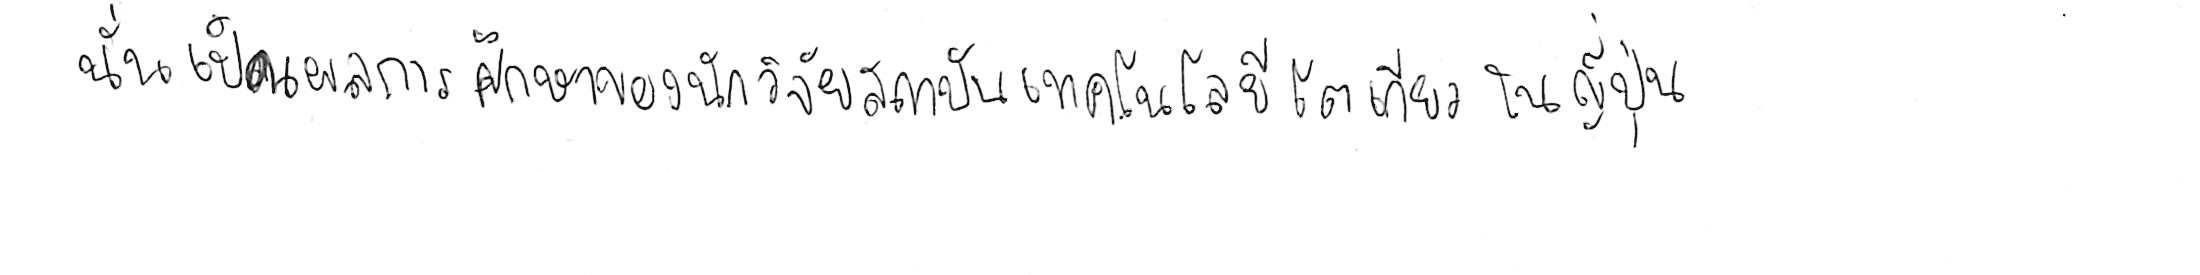
นั่นเป็นผลการศึกษาของนักวิจัยสถาบันเทคโนโลยีโตเกียว ในญี่ปุ่น